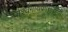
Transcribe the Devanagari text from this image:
पार्श्वगायकासाठीचा